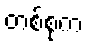
တစ်စုက